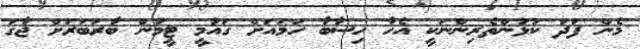
މެން ފަދަ ކުޅުންތެރިންނަކީ އެހާ ހިސާބާ ހަމައަށް ގައުމީ ޓީމުން ބާރަބަރަށް ޖާގަ